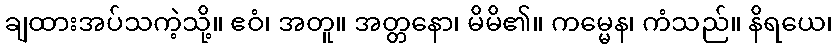
ချထားအပ်သကဲ့သို့။ ဧဝံ၊ အတူ။ အတ္တနော၊ မိမိ၏။ ကမ္မေန၊ ကံသည်။ နိရယေ၊